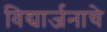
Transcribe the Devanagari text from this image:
विद्यार्जनाचे